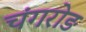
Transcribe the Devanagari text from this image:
चंगरोड़